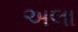
અલા